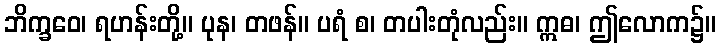
ဘိက္ခဝေ၊ ရဟန်းတို့။ ပုန၊ တဖန်။ ပရံ စ၊ တပါးတုံလည်း။ ဣဓ၊ ဤလောက၌။